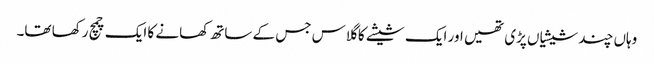
وہاں چند شیشیاں پڑی تھیں اور ایک شیشے کا گلاس جس کے ساتھ کھانے کا ایک چمچ رکھا تھا۔